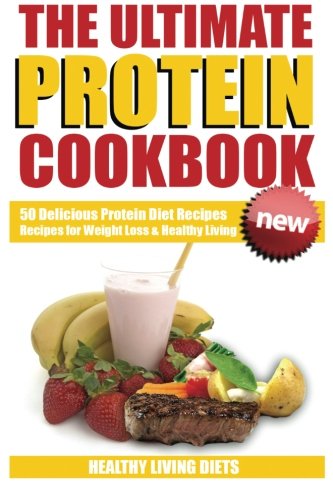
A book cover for Protein Cookbook: The Ultimate Protein Cookbook (Protein Powder Cookbook,Protein Power, Protein Diet, Protein Shake Recipes); Healthy Living Diets; Cookbooks, Food & Wine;